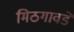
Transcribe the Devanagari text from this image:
मिठगावडे